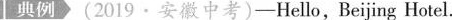
典例(2019·安徽中考)-Hello,Beijing Hotel.